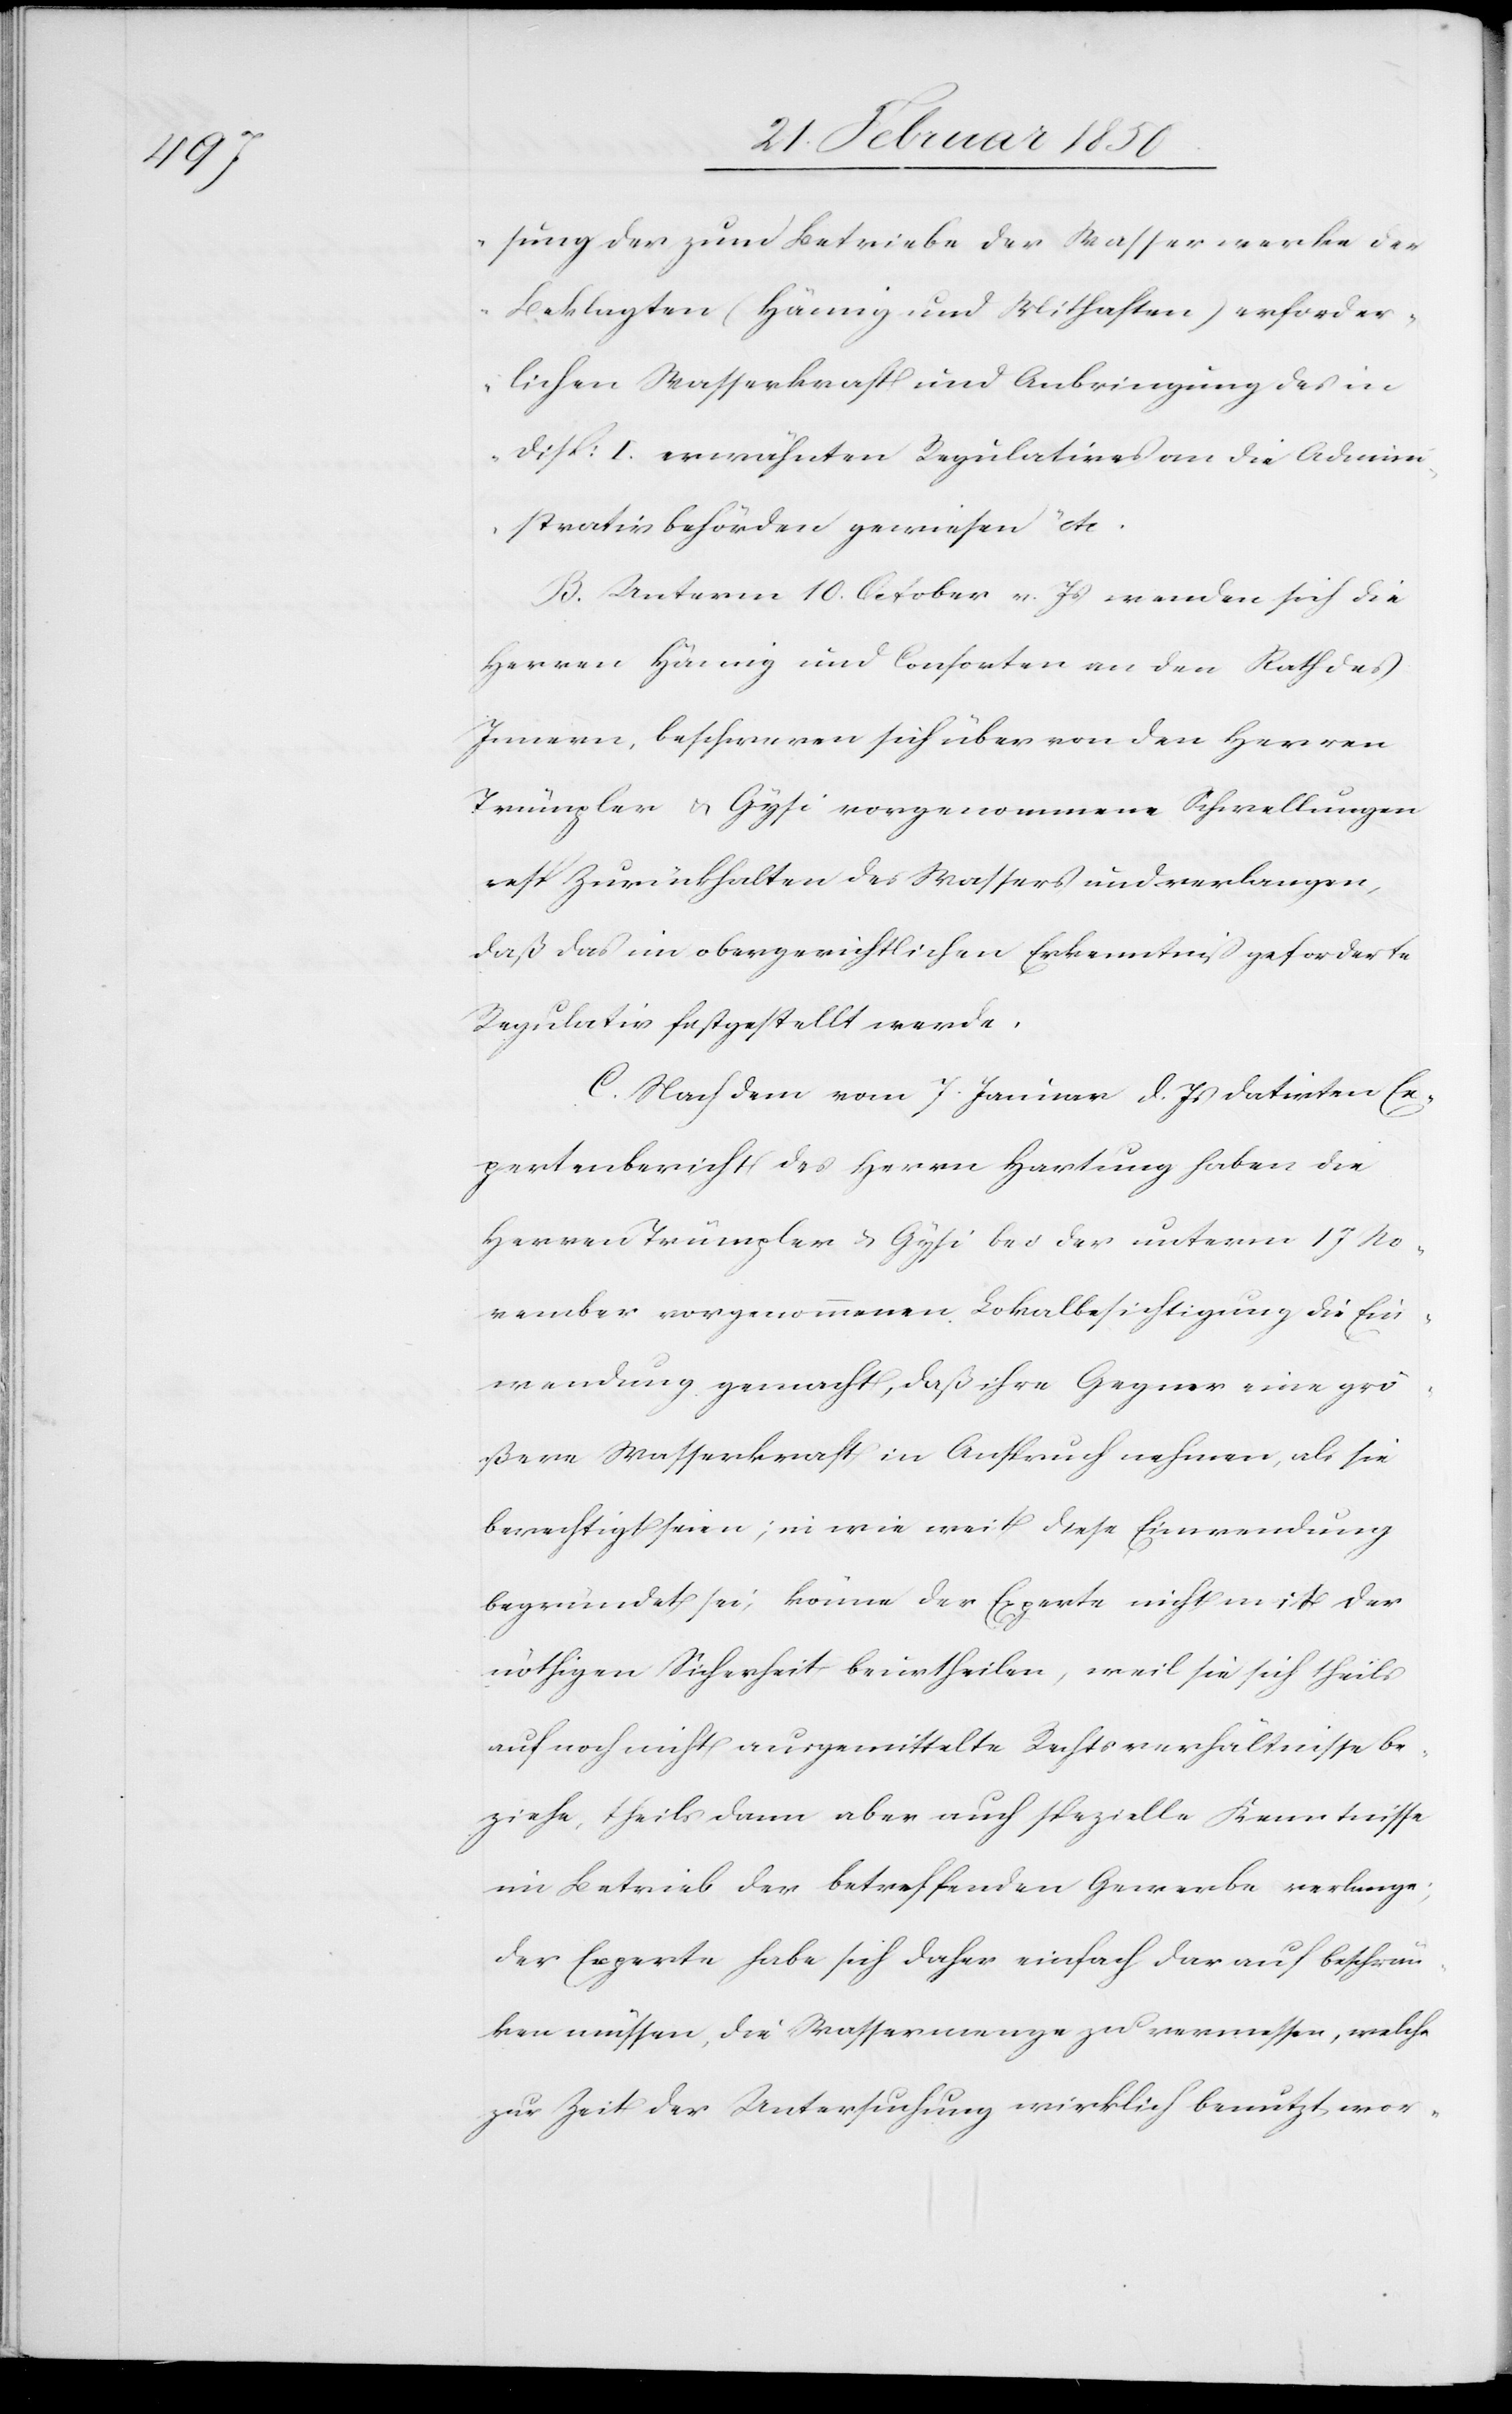
sung der zum Betriebe der Wasserwerke der
Beklagten (Hämig und Mithaften) erforder¬
lichen Wasserkraft und Anbringung des in
Disp: I. erwähnten Regulatives an die Admini¬
strativbehörden gewiesen“ etc.
B. Unterm 10. October v. Js wenden sich die
Herren Hämig und Consorten an den Rath des
Innern, beschweren sich über von den Herren
Trümpler u. Gysi vorgenommene Schwellungen
resp. Zurückhalten des Wassers und verlangen,
daß das im obergerichtlichen Erkenntniß geforderte
Regulativ festgestellt werde.
C. Nach dem vom 7. Januar d. Js datirten Ex¬
pertenbericht des Herrn Hartung haben die
Herren Trümpler u. Gysi bei der unterm 17 No¬
vember vorgenommenen Lokalbesichtigung die Ein¬
wendung gemacht, daß ihre Gegner eine grö¬
ßere Wasserkraft in Anspruch nehmen, als sie
berechtigt seien; in wie weit diese Einwendung
begründet sei, könne der Experte nicht mit der
nöthigen Sicherheit beurtheilen, weil sie sich theils
auf noch nicht ausgemittelte Rechtsverhältnisse be¬
ziehe, theils dann aber auch spezielle Kenntnisse
im Betrieb der betreffenden Gewerbe verlange;
der Experte habe sich daher einfach darauf beschrän¬
ken müssen, die Wassermenge zu vermessen, welche
zur Zeit der Untersuchung wirklich benutzt wor-